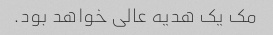
مک یک هدیه عالی خواهد بود.